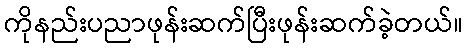
ကိုနည်းပညာဖုန်းဆက်ပြီးဖုန်းဆက်ခဲ့တယ်။